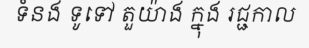
ទំនង ទូទៅ តួយ៉ាង ក្នុង រជ្ជកាល